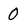
Character: 0